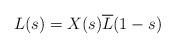
LaTeX: \begin{align*} L(s)=X(s)\overline L(1-s)\end{align*}